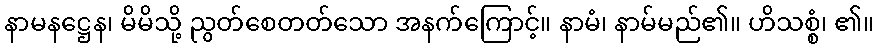
နာမနဋ္ဌေန၊ မိမိသို့ ညွတ်စေတတ်သော အနက်ကြောင့်။ နာမံ၊ နာမ်မည်၏။ ဟိသစ္စံ၊ ၏။